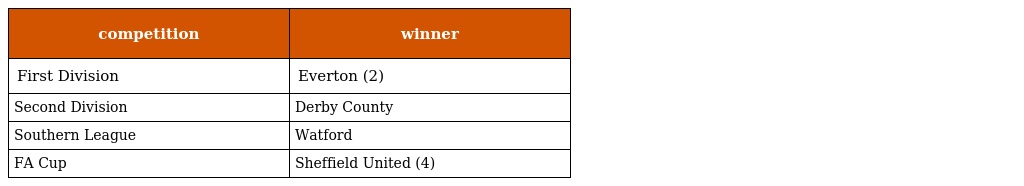
| competition | winner |
 | --- | --- |
 | First Division | Everton (2) |
 | Second Division | Derby County |
 | Southern League | Watford |
 | FA Cup | Sheffield United (4) |